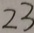
2 3